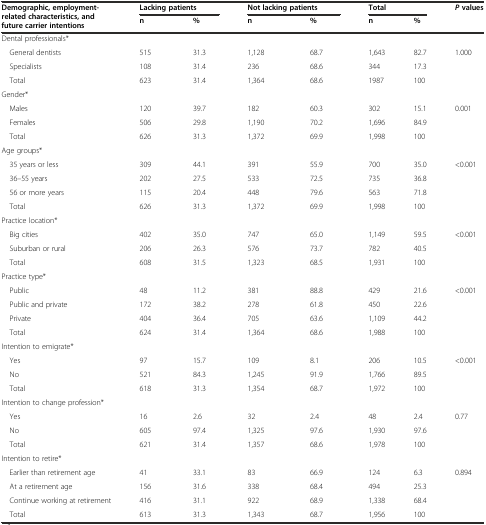
<table><thead><tr><td rowspan="2"><b>Demographic, employment-related characteristics, and future carrier intentions</b></td><td colspan="2"><b>Lacking patients</b></td><td colspan="2"><b>Not lacking patients</b></td><td colspan="2"><b>Total</b></td><td rowspan="2"><b><i>P</i>values</b></td></tr><tr><td><b>n</b></td><td><b>%</b></td><td><b>n</b></td><td><b>%</b></td><td><b>n</b></td><td><b>%</b></td></tr></thead><tbody><tr><td colspan="8">Dental professionals*</td></tr><tr><td> General dentists</td><td>515</td><td>31.3</td><td>1,128</td><td>68.7</td><td>1,643</td><td>82.7</td><td rowspan="3">1.000</td></tr><tr><td> Specialists</td><td>108</td><td>31.4</td><td>236</td><td>68.6</td><td>344</td><td>17.3</td></tr><tr><td> Total</td><td>623</td><td>31.4</td><td>1,364</td><td>68.6</td><td>1987</td><td>100</td></tr><tr><td colspan="8">Gender*</td></tr><tr><td> Males</td><td>120</td><td>39.7</td><td>182</td><td>60.3</td><td>302</td><td>15.1</td><td rowspan="3">0.001</td></tr><tr><td> Females</td><td>506</td><td>29.8</td><td>1,190</td><td>70.2</td><td>1,696</td><td>84.9</td></tr><tr><td> Total</td><td>626</td><td>31.3</td><td>1,372</td><td>69.9</td><td>1,998</td><td>100</td></tr><tr><td colspan="8">Age groups*</td></tr><tr><td> 35 years or less</td><td>309</td><td>44.1</td><td>391</td><td>55.9</td><td>700</td><td>35.0</td><td rowspan="4">&lt;0.001</td></tr><tr><td> 36–55 years</td><td>202</td><td>27.5</td><td>533</td><td>72.5</td><td>735</td><td>36.8</td></tr><tr><td> 56 or more years</td><td>115</td><td>20.4</td><td>448</td><td>79.6</td><td>563</td><td>71.8</td></tr><tr><td> Total</td><td>626</td><td>31.3</td><td>1,372</td><td>69.9</td><td>1,998</td><td>100</td></tr><tr><td colspan="8">Practice location*</td></tr><tr><td> Big cities</td><td>402</td><td>35.0</td><td>747</td><td>65.0</td><td>1,149</td><td>59.5</td><td rowspan="3">&lt;0.001</td></tr><tr><td> Suburban or rural</td><td>206</td><td>26.3</td><td>576</td><td>73.7</td><td>782</td><td>40.5</td></tr><tr><td> Total</td><td>608</td><td>31.5</td><td>1,323</td><td>68.5</td><td>1,931</td><td>100</td></tr><tr><td colspan="8">Practice type*</td></tr><tr><td> Public</td><td>48</td><td>11.2</td><td>381</td><td>88.8</td><td>429</td><td>21.6</td><td rowspan="4">&lt;0.001</td></tr><tr><td> Public and private</td><td>172</td><td>38.2</td><td>278</td><td>61.8</td><td>450</td><td>22.6</td></tr><tr><td> Private</td><td>404</td><td>36.4</td><td>705</td><td>63.6</td><td>1,109</td><td>44.2</td></tr><tr><td> Total</td><td>624</td><td>31.4</td><td>1,364</td><td>68.6</td><td>1,988</td><td>100</td></tr><tr><td colspan="8">Intention to emigrate*</td></tr><tr><td> Yes</td><td>97</td><td>15.7</td><td>109</td><td>8.1</td><td>206</td><td>10.5</td><td rowspan="3">&lt;0.001</td></tr><tr><td> No</td><td>521</td><td>84.3</td><td>1,245</td><td>91.9</td><td>1,766</td><td>89.5</td></tr><tr><td> Total</td><td>618</td><td>31.3</td><td>1,354</td><td>68.7</td><td>1,972</td><td>100</td></tr><tr><td colspan="8">Intention to change profession*</td></tr><tr><td> Yes</td><td>16</td><td>2.6</td><td>32</td><td>2.4</td><td>48</td><td>2.4</td><td rowspan="3">0.77</td></tr><tr><td> No</td><td>605</td><td>97.4</td><td>1,325</td><td>97.6</td><td>1,930</td><td>97.6</td></tr><tr><td> Total</td><td>621</td><td>31.4</td><td>1,357</td><td>68.6</td><td>1,978</td><td>100</td></tr><tr><td colspan="8">Intention to retire*</td></tr><tr><td> Earlier than retirement age</td><td>41</td><td>33.1</td><td>83</td><td>66.9</td><td>124</td><td>6.3</td><td rowspan="4">0.894</td></tr><tr><td> At a retirement age</td><td>156</td><td>31.6</td><td>338</td><td>68.4</td><td>494</td><td>25.3</td></tr><tr><td> Continue working at retirement</td><td>416</td><td>31.1</td><td>922</td><td>68.9</td><td>1,338</td><td>68.4</td></tr><tr><td> Total</td><td>613</td><td>31.3</td><td>1,343</td><td>68.7</td><td>1,956</td><td>100</td></tr></tbody></table>